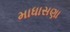
માધાસણા